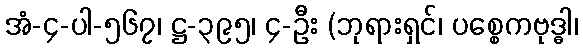
အံ-၄-ပါ-၅၆၇၊ ဋ္ဌ-၃၉၅၊ ၄-ဦး (ဘုရားရှင်၊ ပစ္စေကဗုဒ္ဓါ၊